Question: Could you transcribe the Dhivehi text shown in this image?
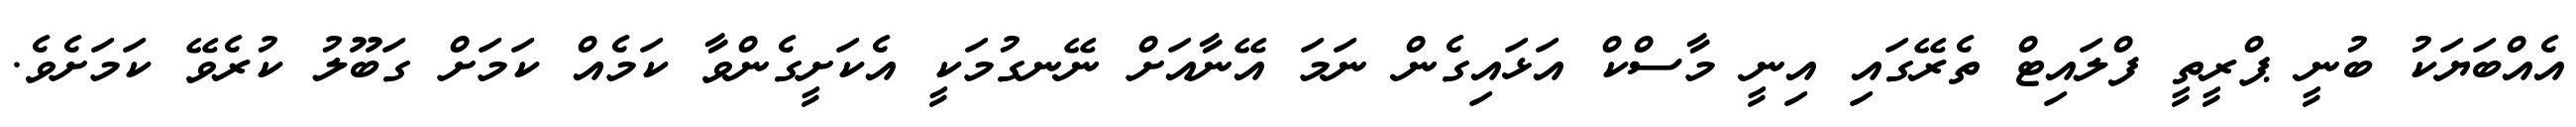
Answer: އެއްބަޔަކު ބުނީ ޕްރީތީ ފްލައިޓް ތެރޭގައި އިނީ މާސްކް އަޅައިގެން ނަމަ އޭނާއަށް ނޭނގުމަކީ އެކަށީގެންވާ ކަމެއް ކަމަށް ގަބޫލު ކުރެވޭ ކަމަށެވެ.